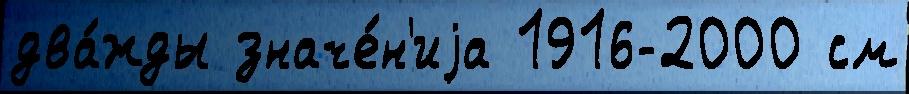
два́жды значе́н'иjа 1916-2000 см